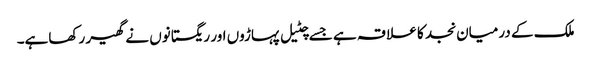
ملک کے درمیان نجد کا علا قہ ہے جسے چٹیل پہاڑوں اور ریگستانوں نے گھیر رکھاہے۔